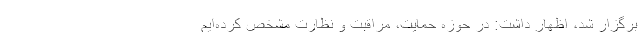
برگزار شد، اظهار داشت: در حوزه حمایت، مراقبت و نظارت مشخص کرده‌ایم